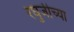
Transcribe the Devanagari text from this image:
रघुजीच्या